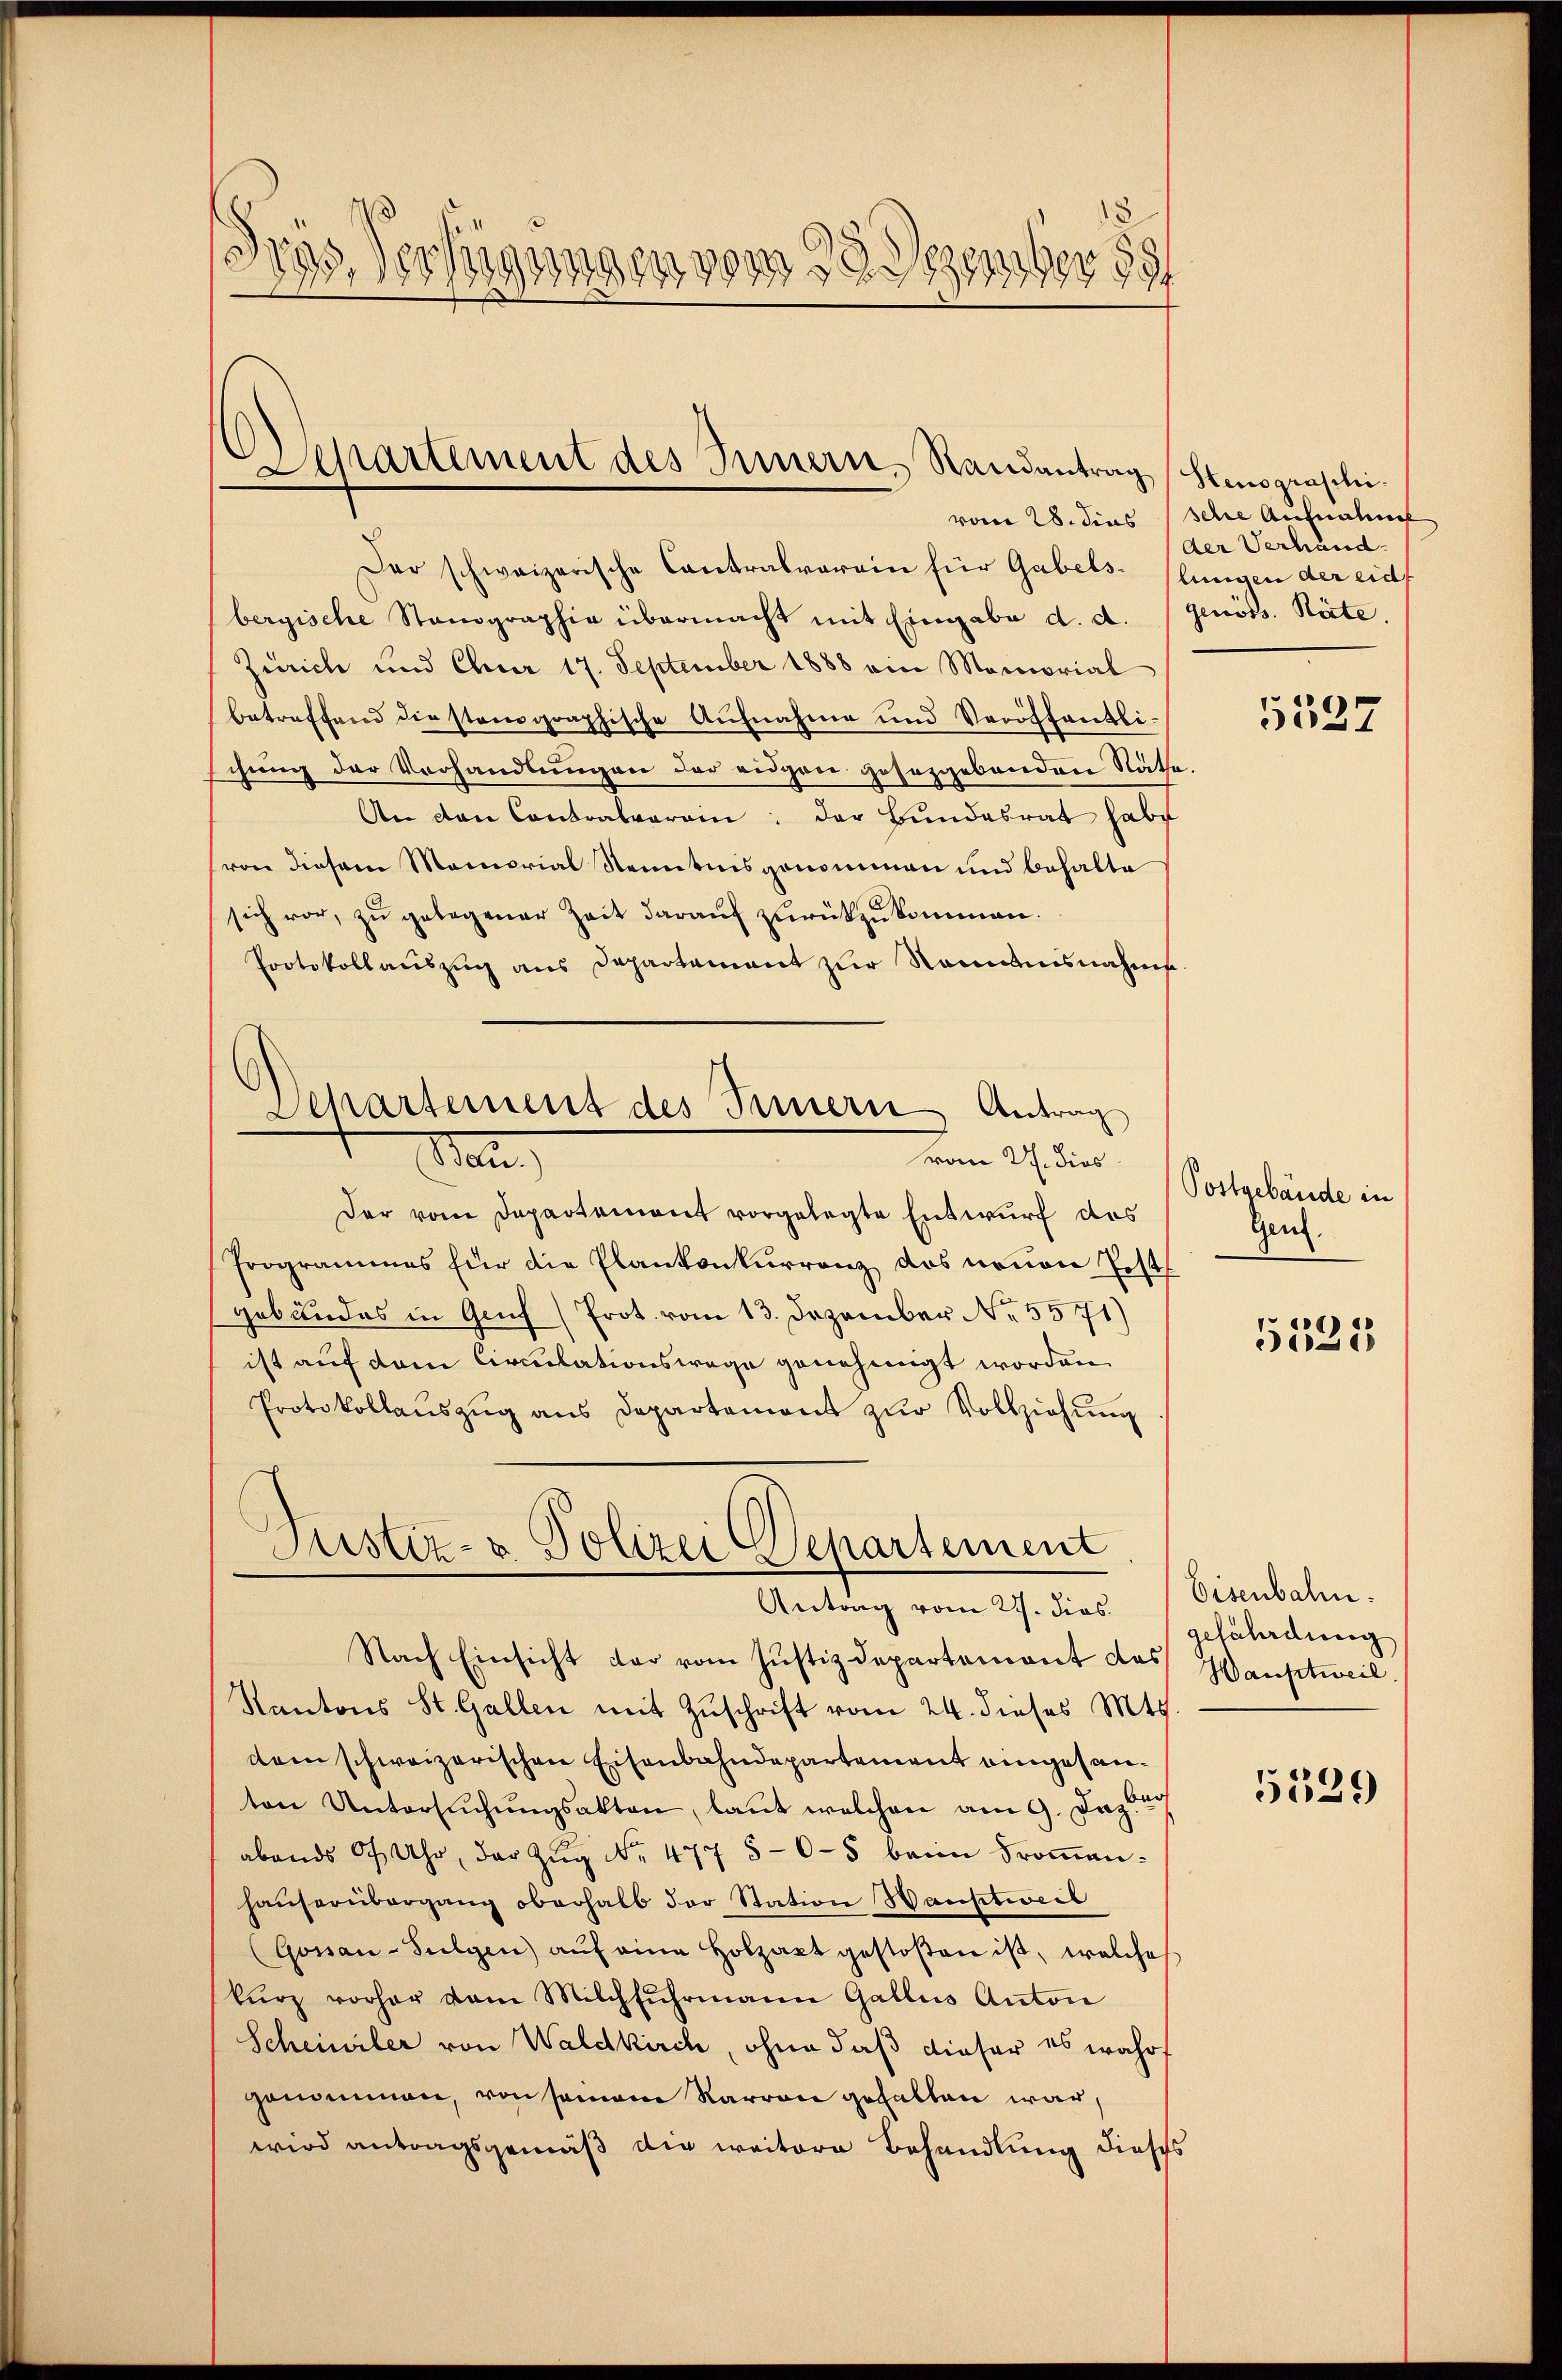
Dep
Versagungen vom 22 dezember 1881

Departement des Innern, Randantrag (Stenograschi¬

Der schweizerische Cantralverein für Gabels- (lunigen der eidt
bergische Standgraphia übermacht mit Eingabe d. d.
Zürich und Chur 17. September 1888 ein Memorial
betreffend die stanographische Aufnahme und Veröffentli-
chung der Verhandlungen der eidgen gesezgebenden Näthe
An den Contralverein: der Bŭndesrat habe
von diesem Memorial Kenntnisgenommen und behalte
sich vor, zu gelegener Zeit darauf zurückzukommen.
Protokollauszug aus Departement zur Rommisnahms
Der vom Departement vorgelegte Entwurf des
Frogrammes für die Plankonkurrenz das neuen Postgebäudes in Genf (Prot. vom 13. Dezember No. 5571)
ist auf dem Circulationswege genehmigt worden.
Protokollauszug aus Departemont zur Vollziehung
Justiz- & Polizei Departement
Antrag vom 27. dies
Nach Einsicht der vom Justizdepartement das Hauptweil.
Kantons St. Gallen mit Zuschrift vom 24. dieses Mts.
dem schweizerischen Eisenbahndepartement eingesanten Untersŭchŭngsakten, laut welchen am 9. Jan. 19
abends 7 Uhr, der Zŭg No. 477 5-6-5 beim Frommenhaŭserübergang oberhalb der Station Wanstweil
(Gossan-Sulgen aŭf eine Holzart gestoßen ist, welche
kŭrz vorher vom Milchfŭhrmann Gallis Anton
Scheiniler von Waldkirch, ohne daß dieser es wahr
genommen, von seinem Narran gefallen war,
wird antragsgemäß die weitere Behandlung dieses

Departement des Innern Antrag
vom 27. dies
Man

vom 28. dies sche Aufnahme
der Verhand.
genöss. Räte.

5537

Postgebäude in
Gent.

5333

Eisenbahn.
gefährdung

5529)